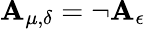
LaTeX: \mathbf{A}_{\mu,\delta}=\neg\mathbf{A}_{\epsilon}